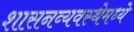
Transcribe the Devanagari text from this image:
शासनव्यवस्थेमध्ये